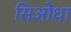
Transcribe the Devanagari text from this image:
सिओंधा